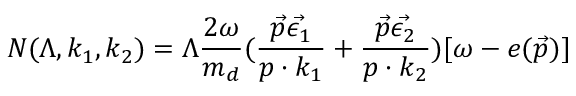
N ( \Lambda , k _ { 1 } , k _ { 2 } ) = \Lambda \frac { 2 \omega } { m _ { d } } ( \frac { \vec { p } \vec { \epsilon _ { 1 } } } { p \cdot k _ { 1 } } + \frac { \vec { p } \vec { \epsilon _ { 2 } } } { p \cdot k _ { 2 } } ) [ \omega - e ( \vec { p } ) ]